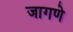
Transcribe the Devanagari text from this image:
जागणे